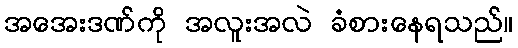
အအေးဒဏ်ကို အလူးအလဲ ခံစားနေရသည်။